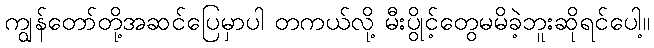
ကျွန်တော်တို့အဆင်ပြေမှာပါ တကယ်လို့ မီးပွိုင့်တွေမမိခဲ့ဘူးဆိုရင်ပေါ့။